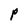
Character: P